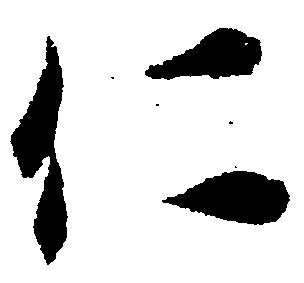
仁